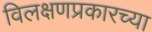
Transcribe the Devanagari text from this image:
विलक्षणप्रकारच्या